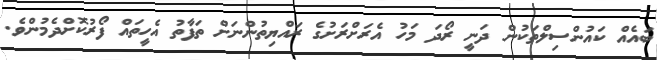
ބައެއް ކައުންސިލްތަކުުން ދަނީ ރޯދަ މަހު އެރަށްރަށުގެ ރައްޔިތުންނަށް ތަފާތު އެހީތައް ފޯރުކޮށްދެމުންވެ.